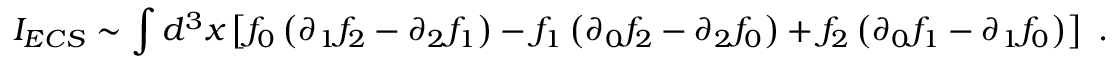
I _ { E C S } \sim \int d ^ { 3 } x \left[ f _ { 0 } \left( \partial _ { 1 } f _ { 2 } - \partial _ { 2 } f _ { 1 } \right) - f _ { 1 } \left( \partial _ { 0 } f _ { 2 } - \partial _ { 2 } f _ { 0 } \right) + f _ { 2 } \left( \partial _ { 0 } f _ { 1 } - \partial _ { 1 } f _ { 0 } \right) \right] \ .